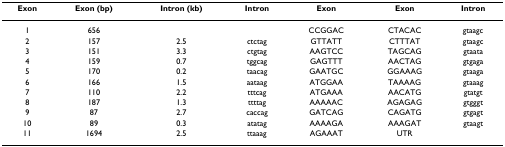
<table><thead><tr><td><b>Exon</b></td><td><b>Exon (bp)</b></td><td><b>Intron (kb)</b></td><td><b>Intron</b></td><td><b>Exon</b></td><td><b>Exon</b></td><td><b>Intron</b></td></tr></thead><tbody><tr><td>1</td><td>656</td><td></td><td></td><td>CCGGAC</td><td>CTACAC</td><td>gtaagc</td></tr><tr><td>2</td><td>157</td><td>2.5</td><td>ctctag</td><td>GTTATT</td><td>CTTTAT</td><td>gtaagc</td></tr><tr><td>3</td><td>151</td><td>3.3</td><td>ctgtag</td><td>AAGTCC</td><td>TAGCAG</td><td>gtaata</td></tr><tr><td>4</td><td>159</td><td>0.7</td><td>tggcag</td><td>GAGTTT</td><td>AACTAG</td><td>gtgaga</td></tr><tr><td>5</td><td>170</td><td>0.2</td><td>taacag</td><td>GAATGC</td><td>GGAAAG</td><td>gtaaga</td></tr><tr><td>6</td><td>166</td><td>1.5</td><td>aataag</td><td>ATGGAA</td><td>TAAAAG</td><td>gtaaag</td></tr><tr><td>7</td><td>110</td><td>2.2</td><td>tttcag</td><td>ATGAAA</td><td>AACATG</td><td>gtatgt</td></tr><tr><td>8</td><td>187</td><td>1.3</td><td>ttttag</td><td>AAAAAC</td><td>AGAGAG</td><td>gtgggt</td></tr><tr><td>9</td><td>87</td><td>2.7</td><td>caccag</td><td>GATCAG</td><td>CAGATG</td><td>gtgagt</td></tr><tr><td>10</td><td>89</td><td>0.3</td><td>atatag</td><td>AAAAGA</td><td>AAAGAT</td><td>gtaagt</td></tr><tr><td>11</td><td>1694</td><td>2.5</td><td>ttaaag</td><td>AGAAAT</td><td>UTR</td><td></td></tr></tbody></table>